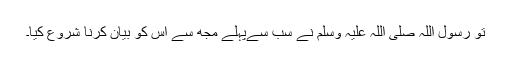
تو رسول اللہ صلی اللہ علیہ وسلم نے سب سےپہلے مجھ سے اس کو بیان کرنا شروع کیا۔